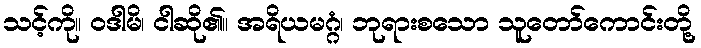
သင့်ကို။ ဝဒါမိ၊ ငါဆို၏။ အရိယမဂ္ဂံ၊ ဘုရားစသော သူတော်ကောင်းတို့